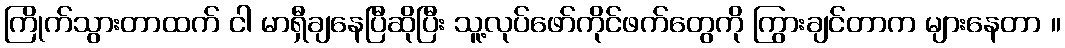
ကြိုက်သွားတာထက် ငါ မာရှီချနေပြီဆိုပြီး သူ့လုပ်ဖော်ကိုင်ဖက်တွေကို ကြွားချင်တာက များနေတာ ။